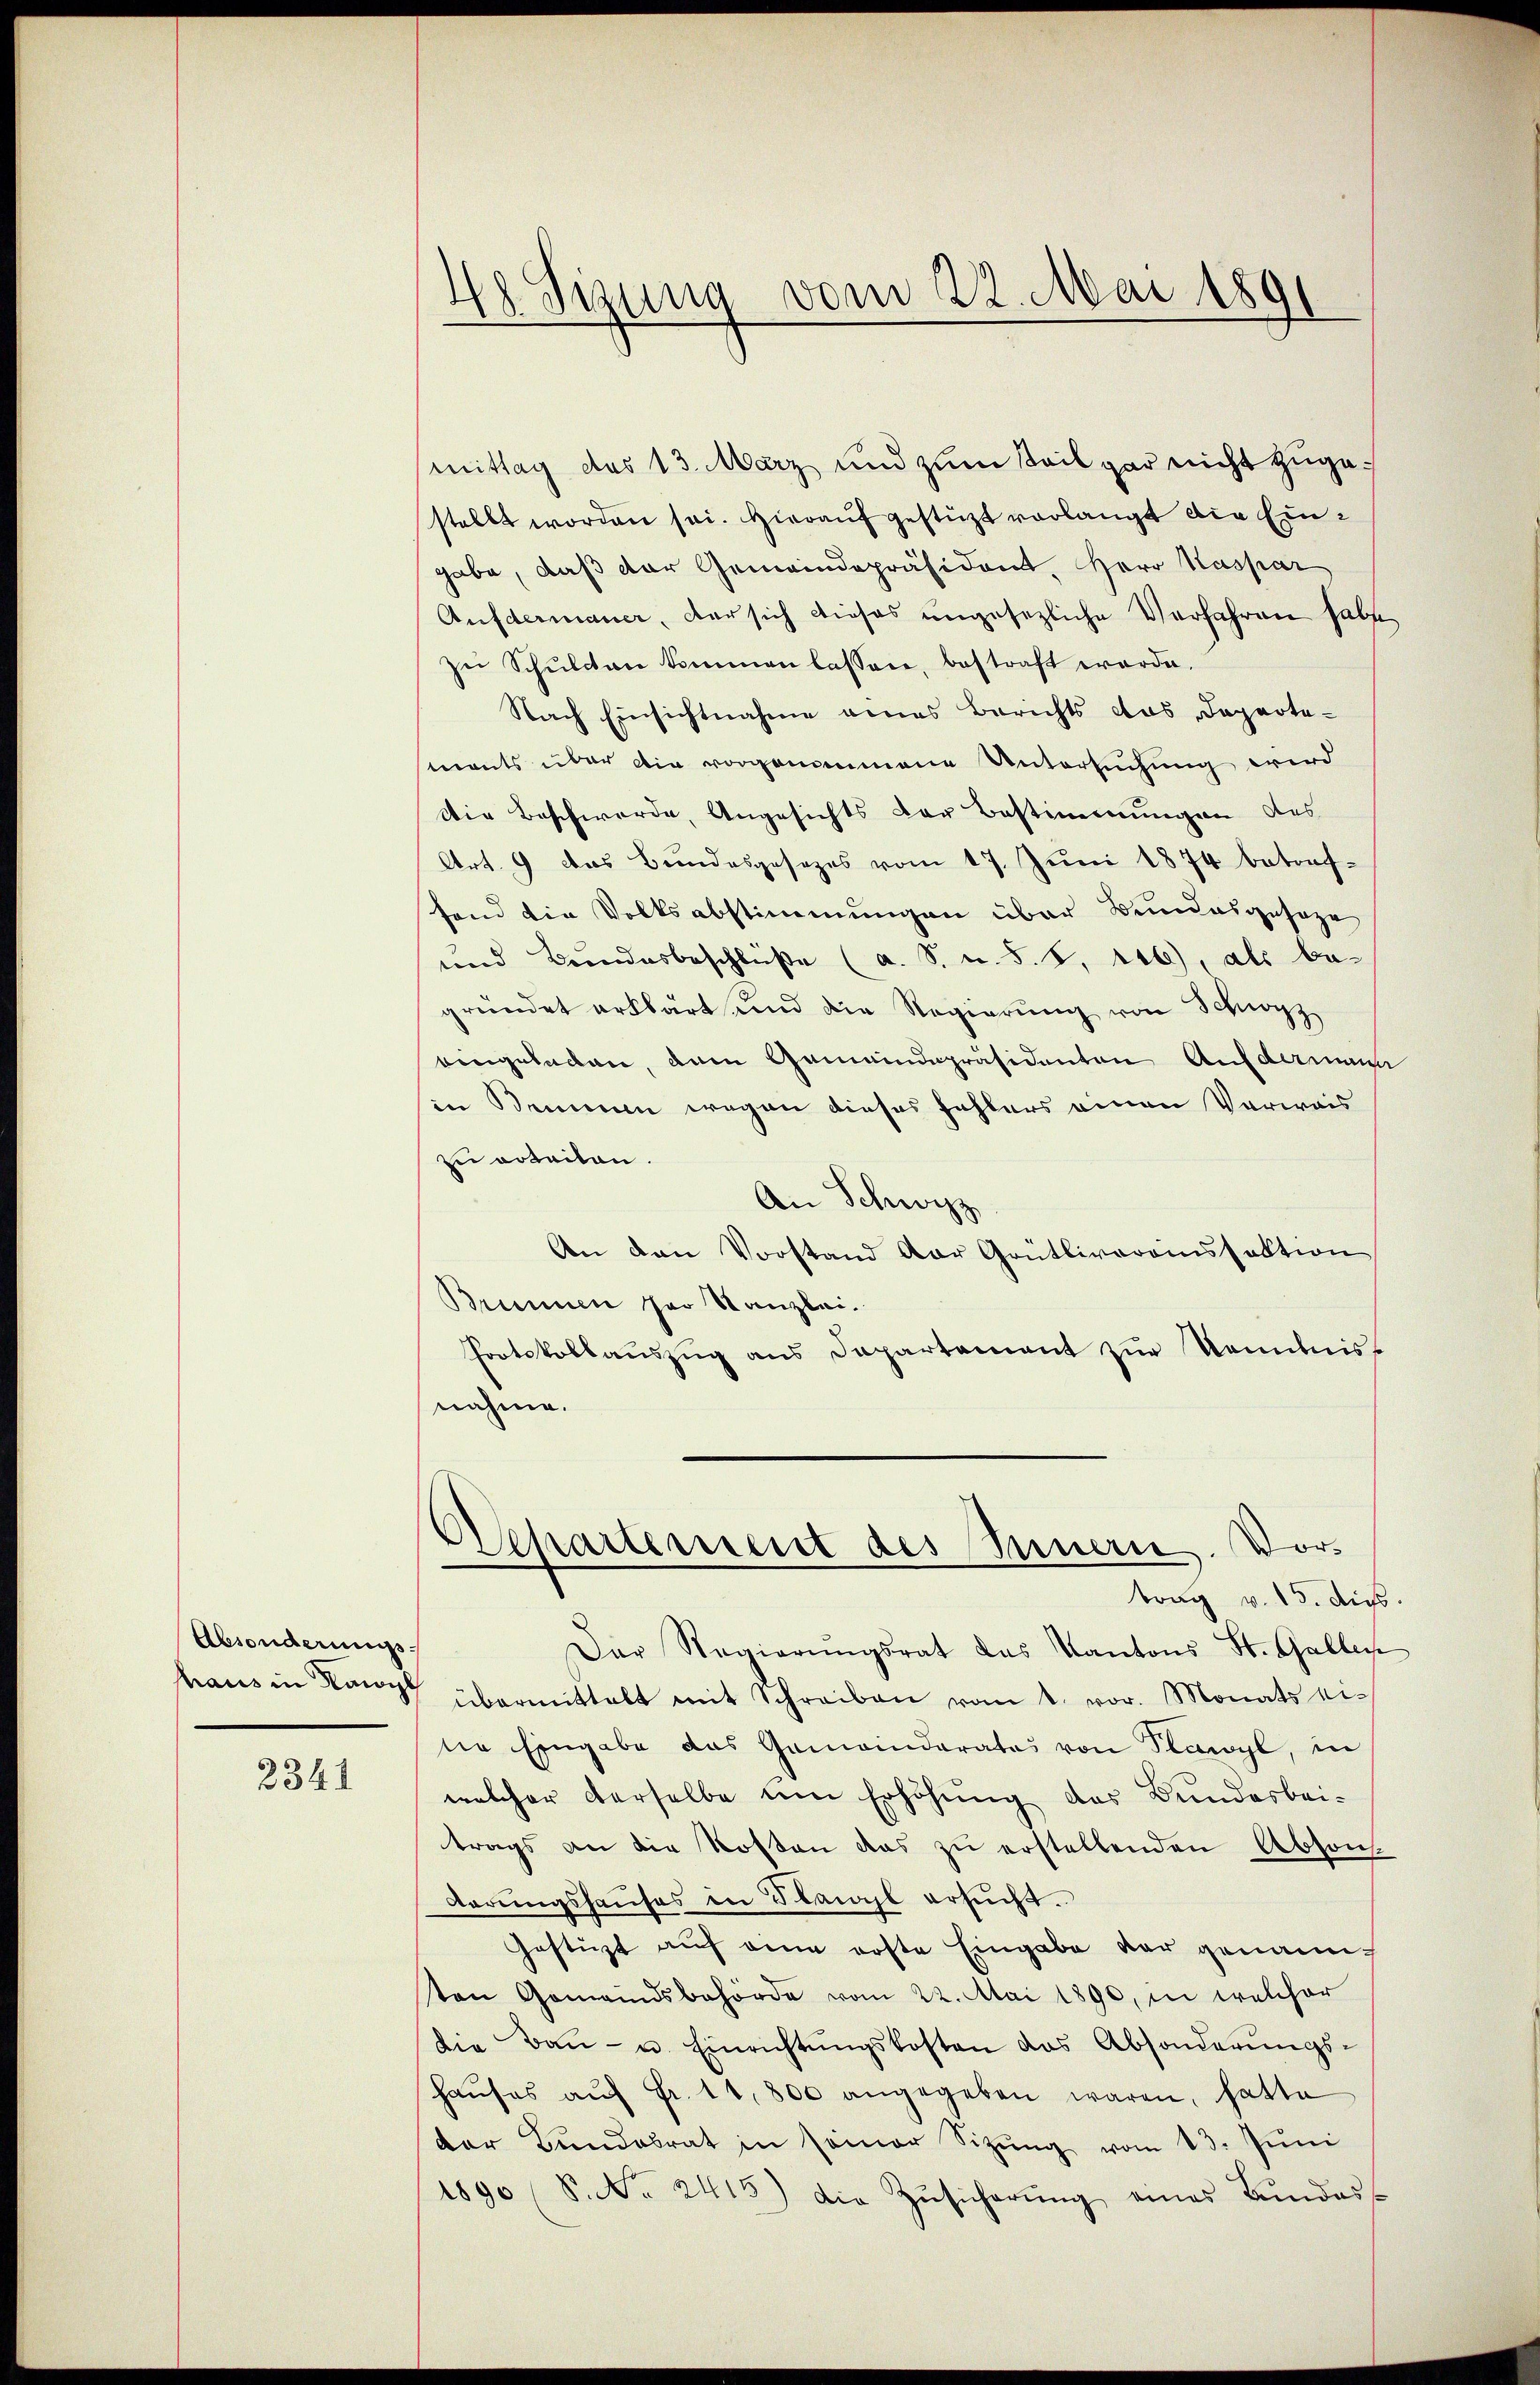
Absonderungs¬

2341

48. Sizung vom 22. Mai 1891

mittag des 13. März und zum Teil gar nicht zugestellt worden sei. Hieraŭf gestützt vorlangt die Eingabe, daß der Gemeindepräsident, Herr Kaspar
Aufdermaner, der sich dieses ungesezliche Verfahren habe
zŭ Schulden kommen lassen, bestraft worde.
Nach Einsichtnahme eines Berichts das Departemants über die vorgenommene Untersuchung wird
Die Beschwerde, Angesichts der Bestimmungen des
Art. 9 das Bundesgesezes vom 17. Jŭni 1874 betreffend die Volksabstimmungen über Bundesgeseze
und Bundesbeschlüße (a. S. u. S. 8, 116), als begründet erklärt und die Regierŭng von Schwyz
eingeladen, dem Gemeindepräsidenten Aufdermann
in Semmen wegen dieses fehlers einen Verwais
zu arbeiten.
An Schwyz
An den Vorstand der Grütliverainssektion
Brunnen par Kanzlei.
Protokollauszug aus Departement zur Kenntnisnahme.
Separtement des Innern. Vorbrug v. 15. die
Der Regierŭngsrat das Kantons St. Galles
haus in Tag übermittelt mit Schreiben vom 1. vor. Monats eidie Eingabe das Gemeinderates von Flawyl, in
welcher derselbe um Erhöhung des Bundesbeitrags an die Kosten das zu erstellenden Absonderungshauses in Slawyl ersucht.
Gestüzt auf eine erste Eingabe der genannten Gemeindsbehörde vom 22. Mai 1890, in welcher
die Baŭ- u. Einrichtŭngskosten das Absonderungs-
haŭses aŭf Fr. 14,800 angegeben waren, hatte
der Landabrat in seiner Sitzŭng vom 13. Jŭni
1890 (S. Nr. 2415) die Zŭsicherŭng eines Bŭndes-